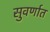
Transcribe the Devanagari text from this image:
सुवर्णात